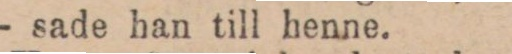
— sade han till henne.